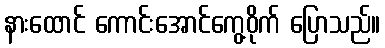
နားထောင် ကောင်းအောင်ကွေ့ဝိုက် ပြောသည်။